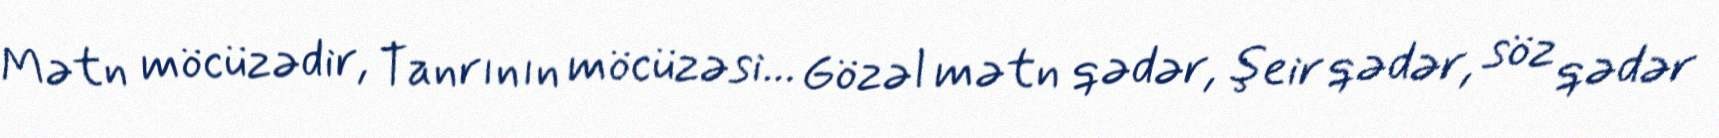
Mətn möcüzədir, Tanrının möcüzəsi... Gözəl mətn qədər, şeir qədər, söz qədər